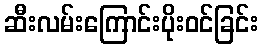
ဆီးလမ်းကြောင်းပိုးဝင်ခြင်း